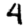
Digit: 4